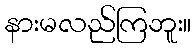
နားမလည်ကြဘူး။